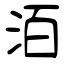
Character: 洦